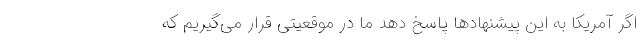
اگر آمریکا به این پیشنهادها پاسخ دهد ما در موقعیتی قرار می‌گیریم که